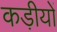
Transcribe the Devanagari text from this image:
कड़ीयों